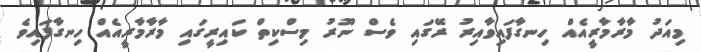
މިއަދު މާރާމާރީއެއް ހިނގާފައިވާއިރު ރޭގައި ވެސް ނޫރު މިސްކިތް ކައިރީގައި މާރާމާރީއެއް ހިނގާފައިވެ